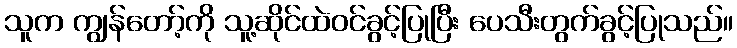
သူက ကျွန်တော့်ကို သူ့ဆိုင်ထဲဝင်ခွင့်ပြုပြီး ပေသီးတွက်ခွင့်ပြုသည်။